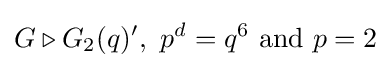
G\triangleright G_{2}(q)',\ p^{d}=q^{6}{\text{ and }}p=2